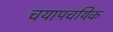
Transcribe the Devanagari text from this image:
चयापचयिक